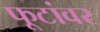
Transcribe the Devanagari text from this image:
फूटांवर